Indian Medical Review
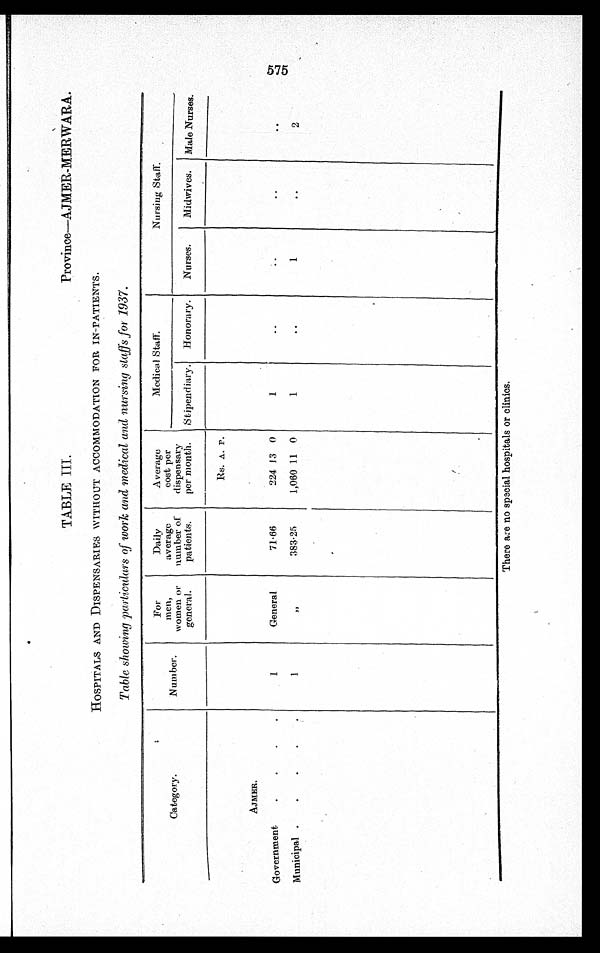
TABLE III
Province—AJMER-MERWARA.
HOSPITALS AND DISPENSARIES WITHOUT ACCOMMODATION FOR IN-PATIENTS.
Table showing particulars of work and medical and nursing staffs for 1937.
C a t e g o r y .
Number.
For
men,
women or
general.
Daily
average
number of
patients.
Average
cost per
dispensary
per month.
Medical Staff.
Nursing Staff.
Stipendiary. Honorary.
Nurses.
Midwives. Male Nurses.
Rs. A. P.
AJMER.
Government
1
General
71.66
224 13 0
1
Municipal
1
„
383.25
1,060 11 0
1
1
2
575
There are no special hospitals or clinics.